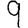
Digit: 9